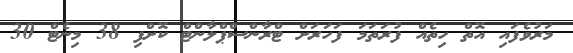
މަރުވެފައި އޮތް ހިތެއް ފުރަތަމަ ފަހަރަށް ޓްރާންސްޕްލާންޓް ކޮށްފި 38 މިނެޓް 30